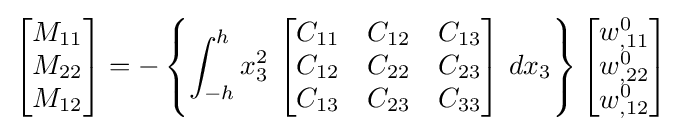
{\begin{bmatrix}M_{11}\\M_{22}\\M_{12}\end{bmatrix}}=-\left\{\int _{-h}^{h}x_{3}^{2}~{\begin{bmatrix}C_{11}&C_{12}&C_{13}\\C_{12}&C_{22}&C_{23}\\C_{13}&C_{23}&C_{33}\end{bmatrix}}~dx_{3}\right\}{\begin{bmatrix}w_{,11}^{0}\\w_{,22}^{0}\\w_{,12}^{0}\end{bmatrix}}